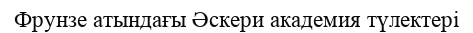
Фрунзе атындағы Әскери академия түлектері